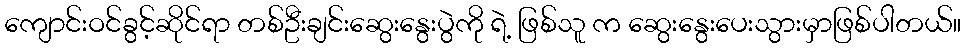
ကျောင်းဝင်ခွင့်ဆိုင်ရာ တစ်ဦးချင်းဆွေးနွေးပွဲကို ရဲ့ ဖြစ်သူ က ဆွေးနွေးပေးသွားမှာဖြစ်ပါတယ်။